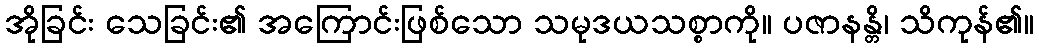
အိုခြင်း သေခြင်း၏ အကြောင်းဖြစ်သော သမုဒယသစ္စာကို။ ပဇာနန္တိ၊ သိကုန်၏။